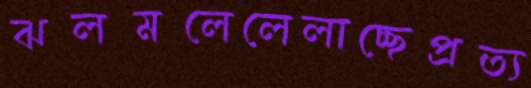
ঝলমলেলেলাচ্ছেপ্রত্য